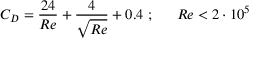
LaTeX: C _ { D } = { \frac { 2 4 } { R e } } + { \frac { 4 } { \sqrt { R e } } } + 0 . 4 ~ { \mathrm { ; } } ~ ~ ~ ~ ~ R e < 2 \cdot 1 0 ^ { 5 }